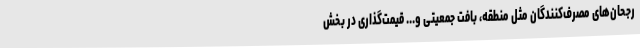
رجحان‌های مصرف‌کنندگان مثل منطقه، بافت جمعیتی و... قیمت‌گذاری در بخش